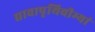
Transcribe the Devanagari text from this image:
द्यावापृथिवीभ्यां